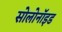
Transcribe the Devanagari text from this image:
सोलोनॉइड